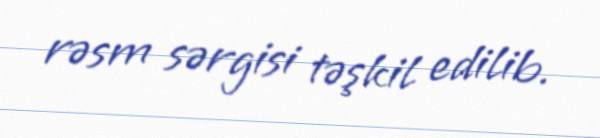
rəsm sərgisi təşkil edilib.